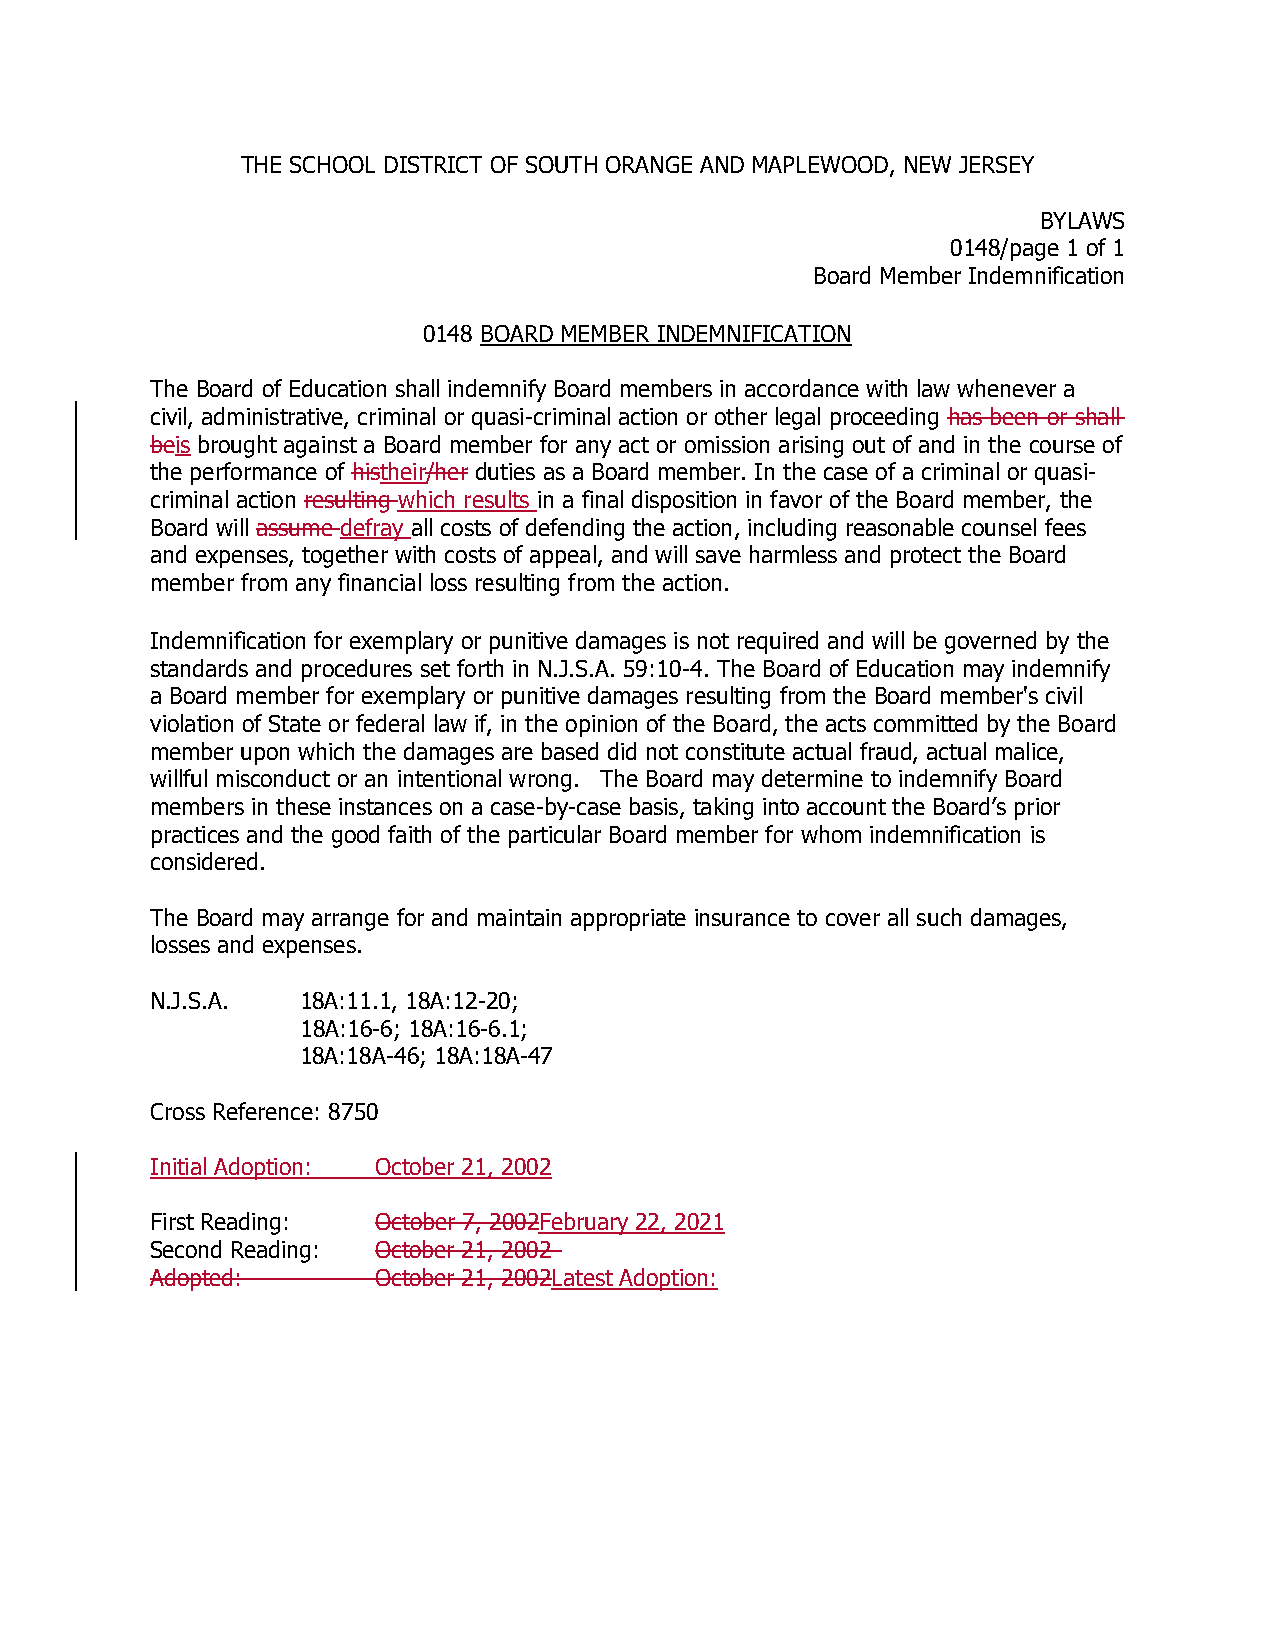
THE SCHOOL DISTRICT OF SOUTH ORANGE AND MAPLEWOOD, NEW JERSEY
 BYLAWS
 0148/page 1 of 1
 Board Member Indemnification
 0148 BOARD MEMBER INDEMNIFICATION
 The Board of Education shall indemnify Board members in accordance with law whenever a
 civil, administrative, criminal or quasi-criminal action or other legal proceeding has been or shall
 beis brought against a Board member for any act or omission arising out of and in the course of
 the performance of histheir/her duties as a Board member. In the case of a criminal or quasi-
 criminal action resulting which results in a final disposition in favor of the Board member, the
 Board will assume defray all costs of defending the action, including reasonable counsel fees
 and expenses, together with costs of appeal, and will save harmless and protect the Board
 member from any financial loss resulting from the action.
 Indemnification for exemplary or punitive damages is not required and will be governed by the
 standards and procedures set forth in N.J.S.A. 59:10-4. The Board of Education may indemnify
 a Board member for exemplary or punitive damages resulting from the Board member's civil
 violation of State or federal law if, in the opinion of the Board, the acts committed by the Board
 member upon which the damages are based did not constitute actual fraud, actual malice,
 willful misconduct or an intentional wrong. The Board may determine to indemnify Board
 members in these instances on a case-by-case basis, taking into account the Board’s prior
 practices and the good faith of the particular Board member for whom indemnification is
 considered.
 The Board may arrange for and maintain appropriate insurance to cover all such damages,
 losses and expenses.
 N.J.S.A.  18A:11.1, 18A:12-20;
 18A:16-6; 18A:16-6.1;
 18A:18A-46; 18A:18A-47
 Cross Reference: 8750
 Initial Adoption: October 21, 2002
 First Reading: October 7, 2002February 22, 2021
 Second Reading: October 21, 2002
 Adopted:       October 21, 2002Latest Adoption: